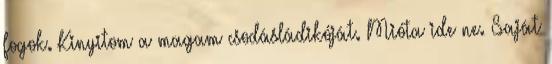
fogok. Kinyitom a magam csodásládikóját. Mióta ide ne. Saját